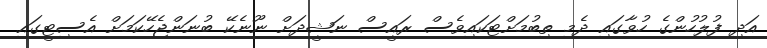
އަދި ފުލުހުންގެ ހުވާގައި ދެމި ތިބުމަށްޓަކައިވެސް ރައީސް ނަޝީދަށް ނޫނެކޭ ބުނަންޖެހޭކަމަށް އެސިޓީގައި